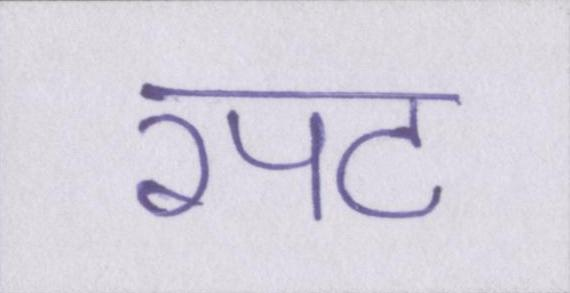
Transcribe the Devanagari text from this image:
रपट